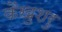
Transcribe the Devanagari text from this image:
कैखुशरु